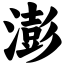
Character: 澎